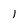
Character: 1